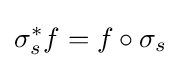
\sigma _{s}^{*}f=f\circ \sigma _{s}